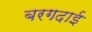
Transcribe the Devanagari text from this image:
बरगदाई